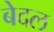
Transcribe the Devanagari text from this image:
बेदल